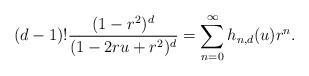
LaTeX: \begin{align*} (d-1)! \frac{(1-r^2)^d}{(1-2 r u + r^2)^d} = \sum_{n= 0}^\infty h_{n,d}(u) r^n. \end{align*}